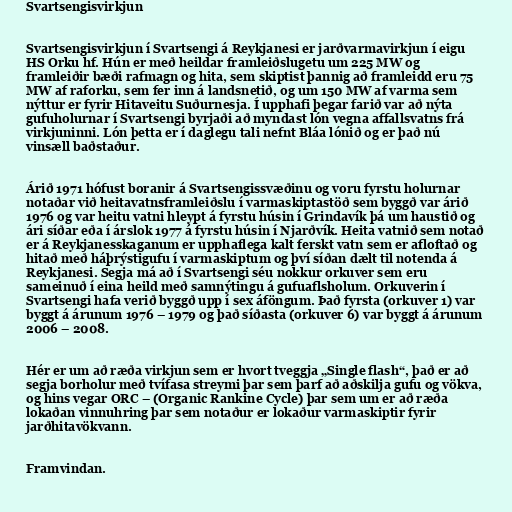
Svartsengisvirkjun

Svartsengisvirkjun í Svartsengi á Reykjanesi er jarðvarmavirkjun í eigu
HS Orku hf. Hún er með heildar framleiðslugetu um 225 MW og
framleiðir bæði rafmagn og hita, sem skiptist þannig að framleidd eru 75
MW af raforku, sem fer inn á landsnetið, og um 150 MW af varma sem
nýttur er fyrir Hitaveitu Suðurnesja. Í upphafi þegar farið var að nýta
gufuholurnar í Svartsengi byrjaði að myndast lón vegna affallsvatns frá
virkjuninni. Lón þetta er í daglegu tali nefnt Bláa lónið og er það nú
vinsæll baðstaður.

Árið 1971 hófust boranir á Svartsengissvæðinu og voru fyrstu holurnar
notaðar við heitavatnsframleiðslu í varmaskiptastöð sem byggð var árið
1976 og var heitu vatni hleypt á fyrstu húsin í Grindavík þá um haustið og
ári síðar eða í árslok 1977 á fyrstu húsin í Njarðvík. Heita vatnið sem notað
er á Reykjanesskaganum er upphaflega kalt ferskt vatn sem er afloftað og
hitað með háþrýstigufu í varmaskiptum og því síðan dælt til notenda á
Reykjanesi. Segja má að í Svartsengi séu nokkur orkuver sem eru
sameinuð í eina heild með samnýtingu á gufuaflsholum. Orkuverin í
Svartsengi hafa verið byggð upp í sex áföngum. Það fyrsta (orkuver 1) var
byggt á árunum 1976 – 1979 og það síðasta (orkuver 6) var byggt á árunum
2006 – 2008.

Hér er um að ræða virkjun sem er hvort tveggja „Single flash“, það er að
segja borholur með tvífasa streymi þar sem þarf að aðskilja gufu og vökva,
og hins vegar ORC – (Organic Rankine Cycle) þar sem um er að ræða
lokaðan vinnuhring þar sem notaður er lokaður varmaskiptir fyrir
jarðhitavökvann.

Framvindan.